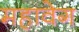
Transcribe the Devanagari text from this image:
महावेग